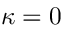
\kappa = 0